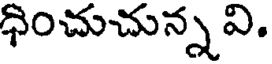
ధించుచున్న వి.